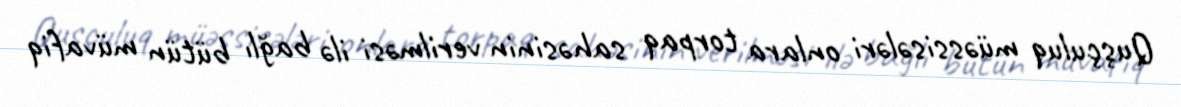
Quşçuluq müəssisələri onlara torpaq sahəsinin verilməsi ilə bağlı bütün müvafiq